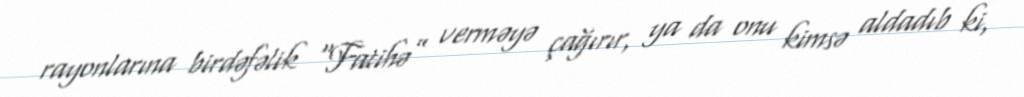
rayonlarına birdəfəlik “Fatihə” verməyə çağırır, ya da onu kimsə aldadıb ki,